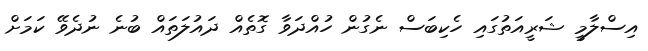
އިސްލާމީ ޝަރީއަތުގައި ހެކިބަސް ނެގުން ހުއްދަވާ ގޮތެއް ދައުލަތައް ބުނެ ނުދެވޭ ކަމަށް